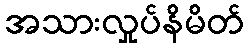
အသားလှုပ်နိမိတ်